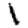
Digit: 1